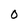
Character: 0